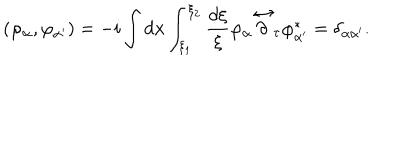
LaTeX: \left( \varphi _ { \alpha } , \varphi _ { \alpha ^ { \prime } } \right) = - i \int d { \mathbf x } \int _ { \xi _ { 1 } } ^ { \xi _ { 2 } } \frac { d \xi } { \xi } \varphi _ { \alpha } \stackrel { \leftrightarrow } { \partial } _ { \tau } \varphi _ { \alpha ^ { \prime } } ^ { * } = \delta _ { \alpha \alpha ^ { \prime } } .